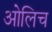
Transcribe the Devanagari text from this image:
ओलिच